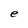
Character: e